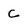
Character: c